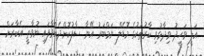
އަލީ ވަޙީދު ވިދާޅުވި ކާރުތަކުގެ މޮޑެލް ނަމްބަރު އޭނާ ސާފުކޮށްދެއްވާފައި ނުވާތީ އެކާރަށް